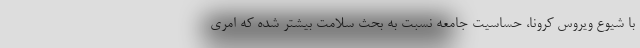
با شیوع ویروس کرونا، حساسیت جامعه نسبت به بحث سلامت بیشتر شده که امری